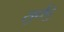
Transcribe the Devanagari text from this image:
सुधेंदु